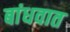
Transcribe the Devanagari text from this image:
बांधवात